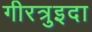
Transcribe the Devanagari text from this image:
गीरत्रुइदा